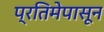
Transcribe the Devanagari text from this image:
प्रतिमेपासून